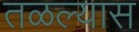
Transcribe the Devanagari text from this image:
तळल्यास